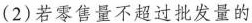
(2)若零售量不超过批发量的